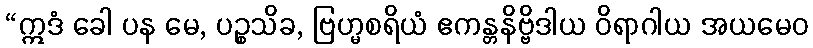
“ဣဒံ ခေါ ပန မေ, ပဉ္စသိခ, ဗြဟ္မစရိယံ ဧကန္တနိဗ္ဗိဒါယ ဝိရာဂါယ အယမေဝ